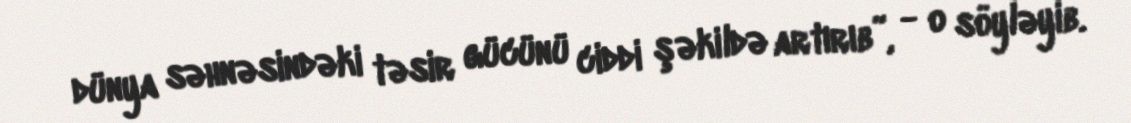
dünya səhnəsindəki təsir gücünü ciddi şəkildə artırıb”, - o söyləyib.